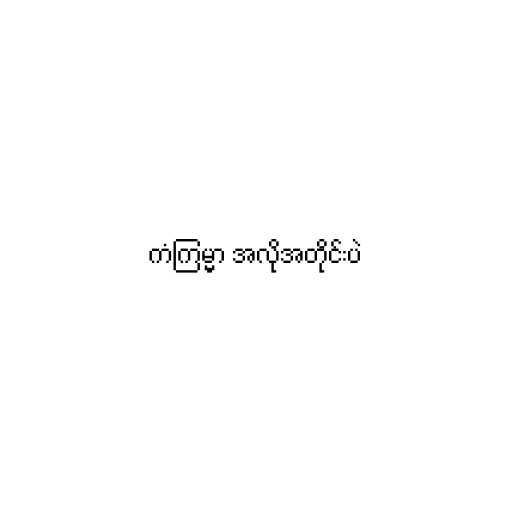
ကံကြမ္မာ အလိုအတိုင်းပဲ